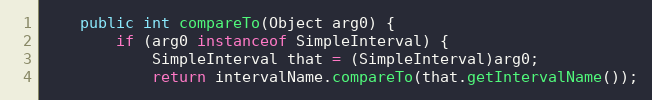
Language: Java
	public int compareTo(Object arg0) {
		if (arg0 instanceof SimpleInterval) {
			SimpleInterval that = (SimpleInterval)arg0;
			return intervalName.compareTo(that.getIntervalName());